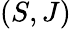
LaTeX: (S,J)